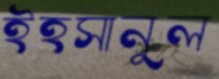
ইহসানুল